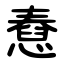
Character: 憃